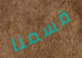
قسمنا